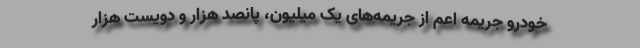
خودرو جریمه اعم از جریمه‌های یک‌ میلیون، پانصد هزار و دویست هزار